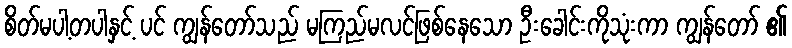
စိတ်မပါ့တပါနှင့် ပင် ကျွန်တော်သည် မကြည်မလင်ဖြစ်နေသော ဦးခေါင်းကိုသုံးကာ ကျွန်တော် ၏